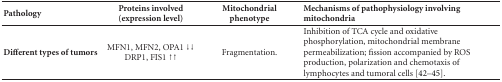
<table><thead><tr><td><b>Pathology</b></td><td><b>Proteins involved (expression level)</b></td><td><b>Mitochondrial phenotype</b></td><td><b>Mechanisms of pathophysiology involving mitochondria</b></td></tr></thead><tbody><tr><td><b>Different types of tumors</b></td><td>MFN1, MFN2, OPA1 ↓↓ DRP1, FIS1 ↑↑</td><td>Fragmentation.</td><td>Inhibition of TCA cycle and oxidative phosphorylation, mitochondrial membrane permeabilization; fission accompanied by ROS production, polarization and chemotaxis of lymphocytes and tumoral cells [42–45].</td></tr></tbody></table>